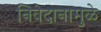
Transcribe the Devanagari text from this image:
निवेदानामुळे